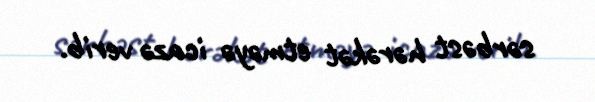
sərbəst hərəkət etməyə icazə verib.